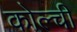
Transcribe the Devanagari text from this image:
कोल्ची